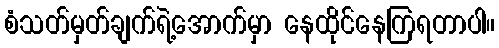
စံသတ်မှတ်ချက်ရဲ့အောက်မှာ နေထိုင်နေကြရတာပါ။